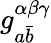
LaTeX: g_{a{\bar{b}}}^{\alpha\beta\gamma}